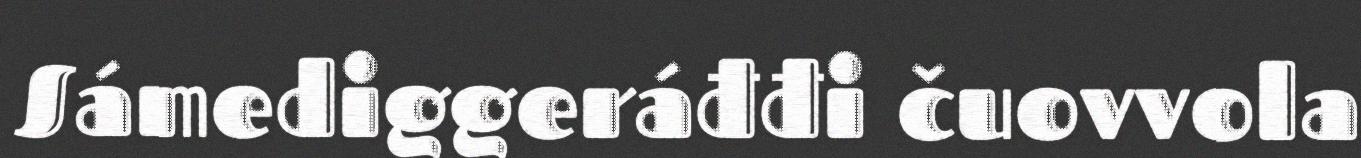
Sámediggeráđđi čuovvola